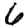
Digit: 6